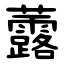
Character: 虂